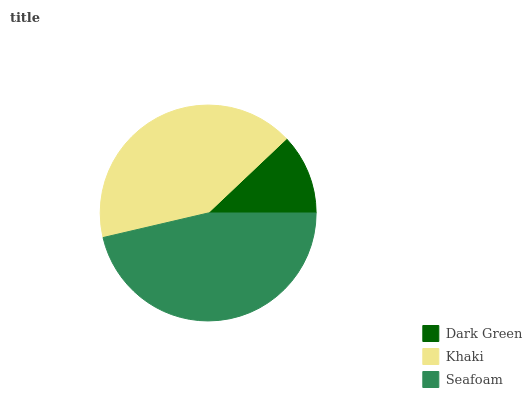
| Dark Green | Khaki | Seafoam |
 | --- | --- | --- |
 | 12.1% | 41.6% | 46.4% |